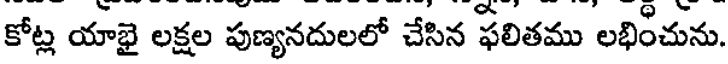
కోట్ల యాభై లక్షల పుణ్యనదులలో చేసిన ఫలితము లభించును.